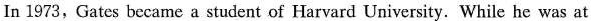
In 1973,Gates became a student of Harvard University. While he was at